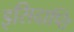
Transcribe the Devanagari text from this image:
इसिदाप्ति